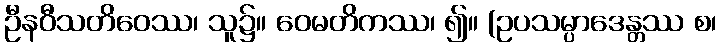
ဦနဝီသတိဝေဿ၊ သူ၌။ ဝေမတိကဿ၊ ၍။ (ဥပသမ္ပာဒေန္တဿ စ၊